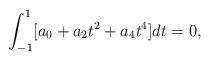
LaTeX: \begin{align*}\int_{-1}^1[a_0+a_2t^2+a_4t^4]dt=0,\end{align*}